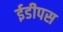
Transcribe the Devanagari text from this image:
ईडीपस